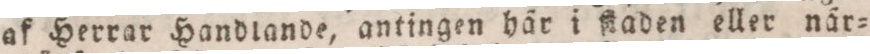
af Herrar Handlande, antingen här i ſiaden eller när=